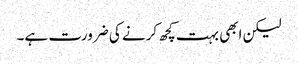
لیکن ابھی بہت کچھ کرنے کی ضرورت ہے۔